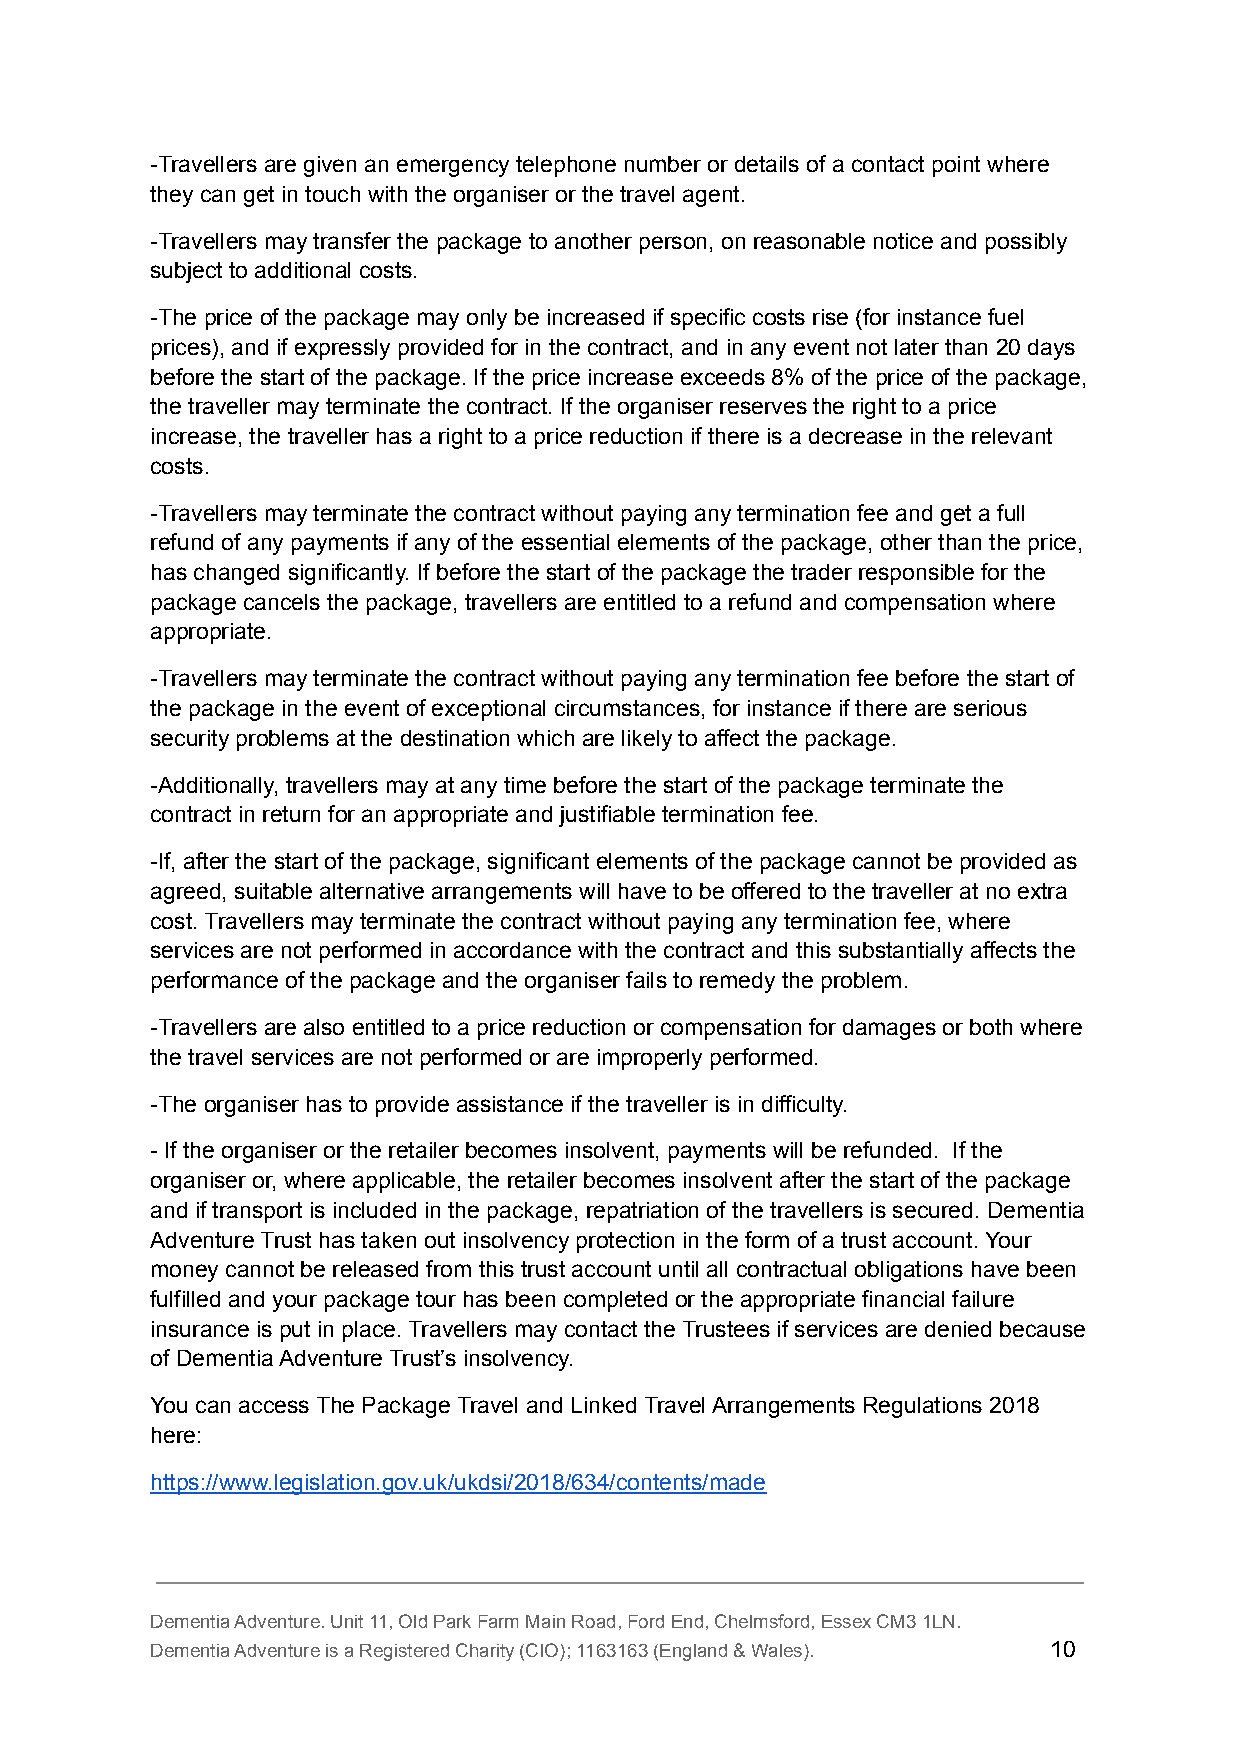
-Travellers are given an emergency telephone number or details of a contact point where
 they can get in touch with the organiser or the travel agent.
 -Travellers may transfer the package to another person, on reasonable notice and possibly
 subject to additional costs.
 -The price of the package may only be increased if specific costs rise (for instance fuel
 prices), and if expressly provided for in the contract, and in any event not later than 20 days
 before the start of the package. If the price increase exceeds 8% of the price of the package,
 the traveller may terminate the contract. If the organiser reserves the right to a price
 increase, the traveller has a right to a price reduction if there is a decrease in the relevant
 costs.
 -Travellers may terminate the contract without paying any termination fee and get a full
 refund of any payments if any of the essential elements of the package, other than the price,
 has changed significantly. If before the start of the package the trader responsible for the
 package cancels the package, travellers are entitled to a refund and compensation where
 appropriate.
 -Travellers may terminate the contract without paying any termination fee before the start of
 the package in the event of exceptional circumstances, for instance if there are serious
 security problems at the destination which are likely to affect the package.
 -Additionally, travellers may at any time before the start of the package terminate the
 contract in return for an appropriate and justifiable termination fee.
 -If, after the start of the package, significant elements of the package cannot be provided as
 agreed, suitable alternative arrangements will have to be offered to the traveller at no extra
 cost. Travellers may terminate the contract without paying any termination fee, where
 services are not performed in accordance with the contract and this substantially affects the
 performance of the package and the organiser fails to remedy the problem.
 -Travellers are also entitled to a price reduction or compensation for damages or both where
 the travel services are not performed or are improperly performed.
 -The organiser has to provide assistance if the traveller is in difficulty.
 - If the organiser or the retailer becomes insolvent, payments will be refunded. If the
 organiser or, where applicable, the retailer becomes insolvent after the start of the package
 and if transport is included in the package, repatriation of the travellers is secured. Dementia
 Adventure Trust has taken out insolvency protection in the form of a trust account. Your
 money cannot be released from this trust account until all contractual obligations have been
 fulfilled and your package tour has been completed or the appropriate financial failure
 insurance is put in place. Travellers may contact the Trustees if services are denied because
 of Dementia Adventure Trust’s insolvency.
 You can access The Package Travel and Linked Travel Arrangements Regulations 2018
 here:
 https://www.legislation.gov.uk/ukdsi/2018/634/contents/made
 Dementia Adventure. Unit 11, Old Park Farm Main Road, Ford End, Chelmsford, Essex CM3 1LN.
 Dementia Adventure is a Registered Charity (CIO); 1163163 (England & Wales). 10